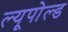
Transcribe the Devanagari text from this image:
ल्यूपोल्ड